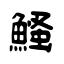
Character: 鰠